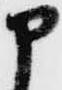
申